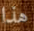
هذا